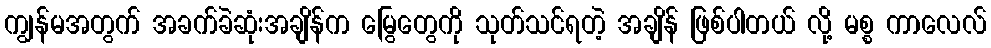
ကျွန်မအတွက် အခက်ခဲဆုံးအချိန်က မြွေတွေကို သုတ်သင်ရတဲ့ အချိန် ဖြစ်ပါတယ် လို့ မစ္စ ကာလေလ်